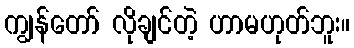
ကျွန်တော် လိုချင်တဲ့ ဟာမဟုတ်ဘူး။